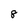
Character: 8